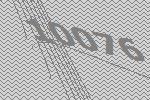
10076